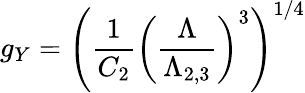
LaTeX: g_{Y}=\left({\frac{1}{C_{2}}}\left({\frac{\Lambda}{\Lambda_{2,3}}}\right)^{3}\right)^{1/4}